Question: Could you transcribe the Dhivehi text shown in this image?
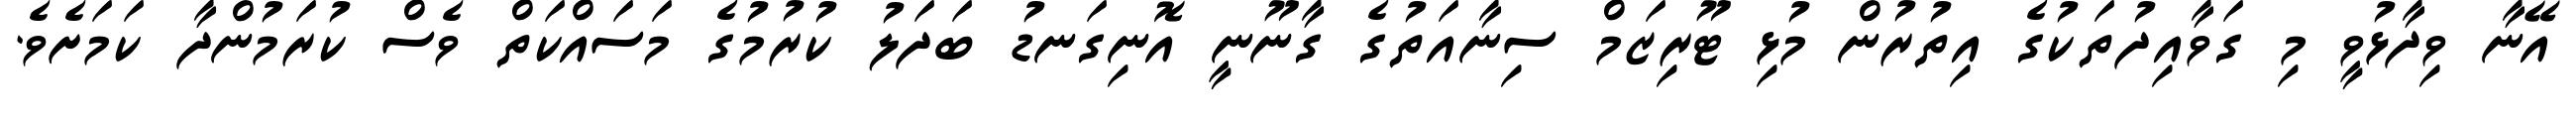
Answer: އޭނާ ވިދާޅުވީ މި ގަވާއިދުތަކުގެ އިތުރުން މުޅި ޓޫރިޒަމް ސިނާއަތުގެ ގާނޫނީ އޮނިގަނޑު ބަދަލު ކުރުމުގެ މަސައްކަތް ވެސް ކުރަމުންދާ ކަމަށެވެ.